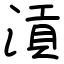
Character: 𣹟